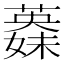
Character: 𦾇